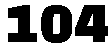
104